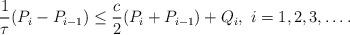
LaTeX: \begin{align*} \frac{1}{\tau} (P_i -P_{i -1}) \leq \frac{c}{2} (P_i +P_{i -1}) +Q_i, ~ i = 1, 2, 3, \dots. \end{align*}